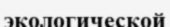
экологической